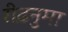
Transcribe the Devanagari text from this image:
रीढ़नुमा